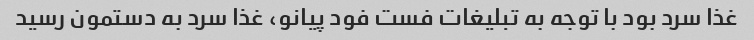
غذا سرد بود با توجه به تبلیغات فست فود پیانو، غذا سرد به دستمون رسید